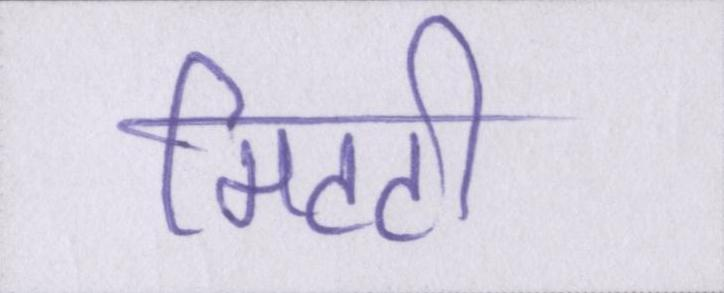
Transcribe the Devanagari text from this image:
मिटटी